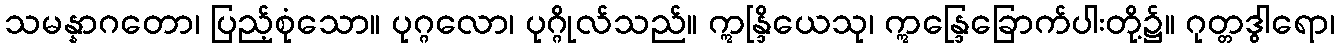
သမန္နာဂတော၊ ပြည့်စုံသော။ ပုဂ္ဂလော၊ ပုဂ္ဂိုလ်သည်။ ဣန္ဒြိယေသု၊ ဣန္ဒြေခြောက်ပါးတို့၌။ ဂုတ္တဒွါရော၊